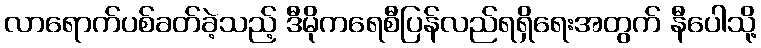
လာရောက်ပစ်ခတ်ခဲ့သည့် ဒီမိုကရေစီပြန်လည်ရရှိရေးအတွက် နီပေါသို့